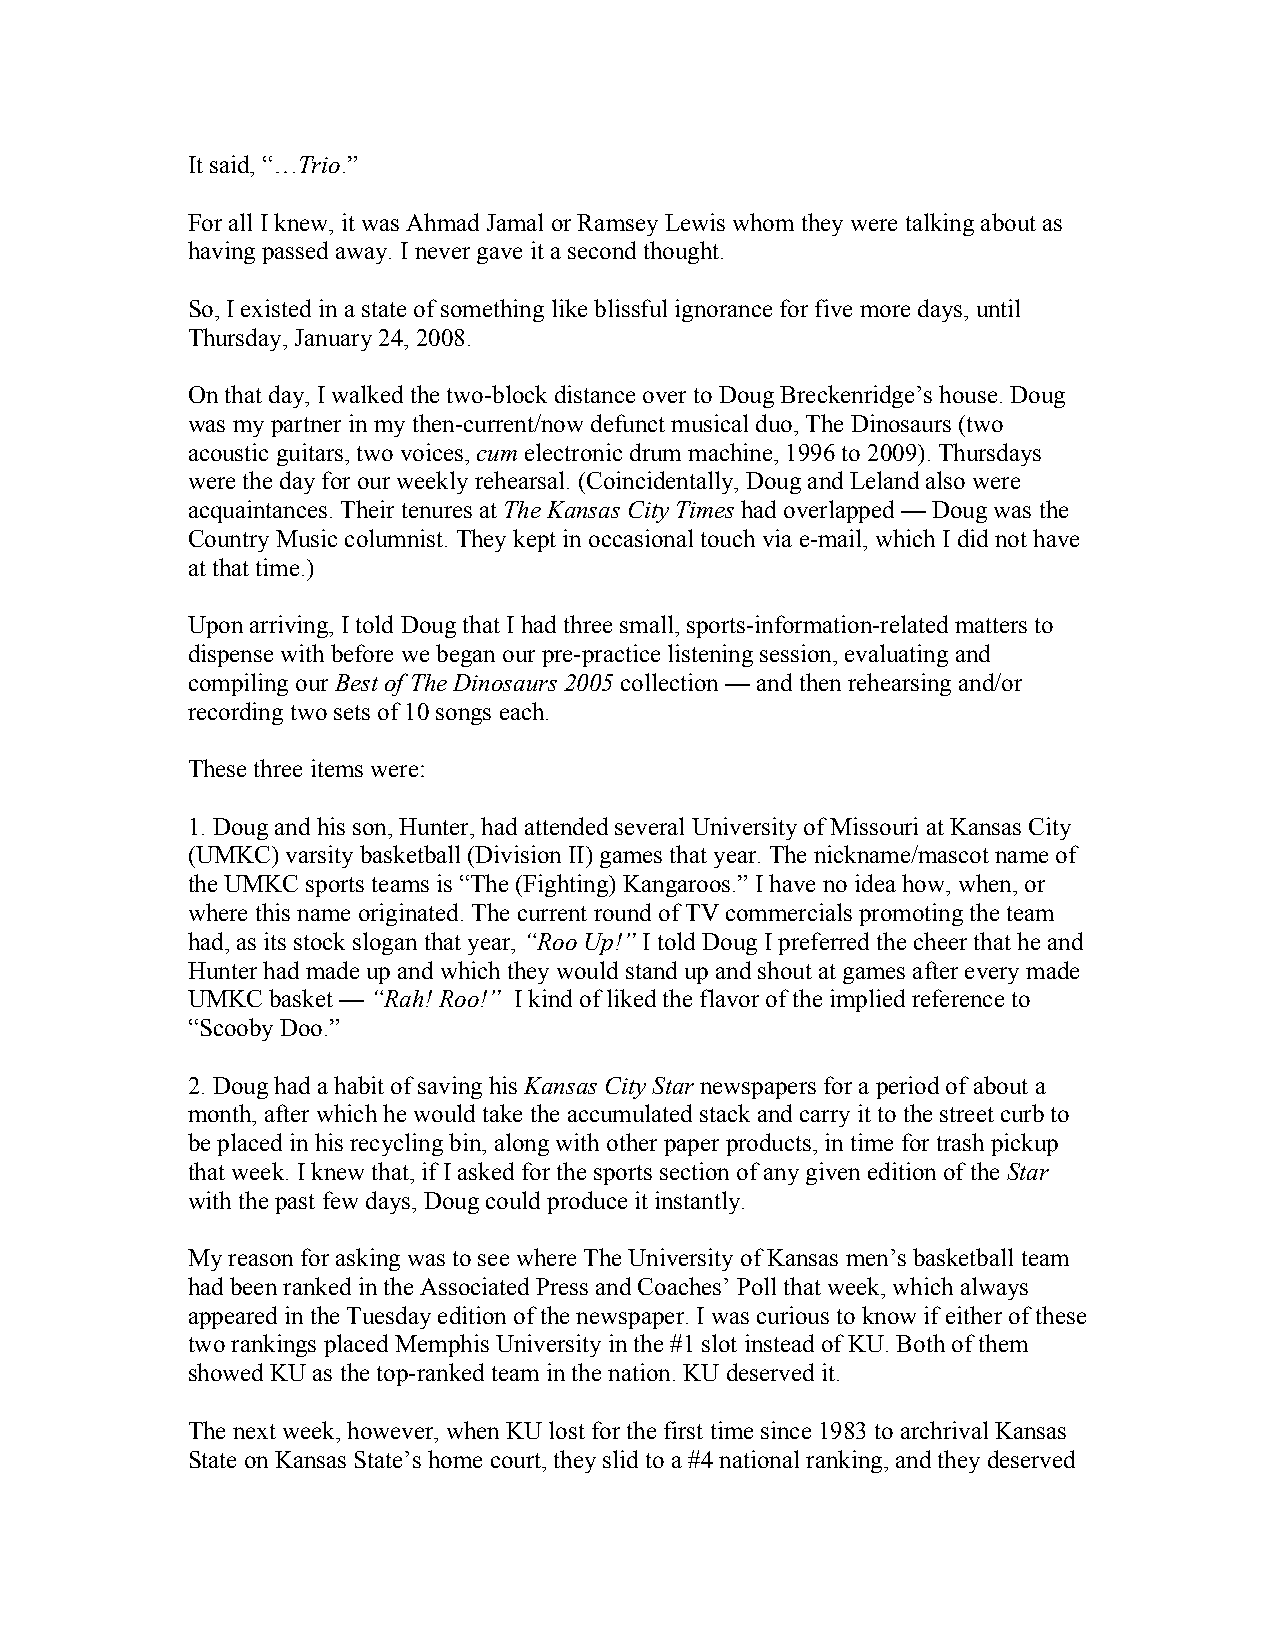
It said, “…Trio.”
 For all I knew, it was Ahmad Jamal or Ramsey Lewis whom they were talking about as
 having passed away. I never gave it a second thought.
 So, I existed in a state of something like blissful ignorance for five more days, until
 Thursday, January 24, 2008.
 On that day, I walked the two-block distance over to Doug Breckenridge’s house. Doug
 was my partner in my then-current/now defunct musical duo, The Dinosaurs (two
 acoustic guitars, two voices, cum electronic drum machine, 1996 to 2009). Thursdays
 were the day for our weekly rehearsal. (Coincidentally, Doug and Leland also were
 acquaintances. Their tenures at The Kansas City Times had overlapped — Doug was the
 Country Music columnist. They kept in occasional touch via e-mail, which I did not have
 at that time.)
 Upon arriving, I told Doug that I had three small, sports-information-related matters to
 dispense with before we began our pre-practice listening session, evaluating and
 compiling our Best of The Dinosaurs 2005 collection — and then rehearsing and/or
 recording two sets of 10 songs each.
 These three items were:
 1. Doug and his son, Hunter, had attended several University of Missouri at Kansas City
 (UMKC) varsity basketball (Division II) games that year. The nickname/mascot name of
 the UMKC sports teams is “The (Fighting) Kangaroos.” I have no idea how, when, or
 where this name originated. The current round of TV commercials promoting the team
 had, as its stock slogan that year, “Roo Up!” I told Doug I preferred the cheer that he and
 Hunter had made up and which they would stand up and shout at games after every made
 UMKC  basket — “Rah! Roo!” I kind of liked the flavor of the implied reference to
 “Scooby Doo.”
 2. Doug had a habit of saving his Kansas City Star newspapers for a period of about a
 month, after which he would take the accumulated stack and carry it to the street curb to
 be placed in his recycling bin, along with other paper products, in time for trash pickup
 that week. I knew that, if I asked for the sports section of any given edition of the Star
 with the past few days, Doug could produce it instantly.
 My reason for asking was to see where The University of Kansas men’s basketball team
 had been ranked in the Associated Press and Coaches’ Poll that week, which always
 appeared in the Tuesday edition of the newspaper. I was curious to know if either of these
 two rankings placed Memphis University in the #1 slot instead of KU. Both of them
 showed KU as the top-ranked team in the nation. KU deserved it.
 The next week, however, when KU lost for the first time since 1983 to archrival Kansas
 State on Kansas State’s home court, they slid to a #4 national ranking, and they deserved